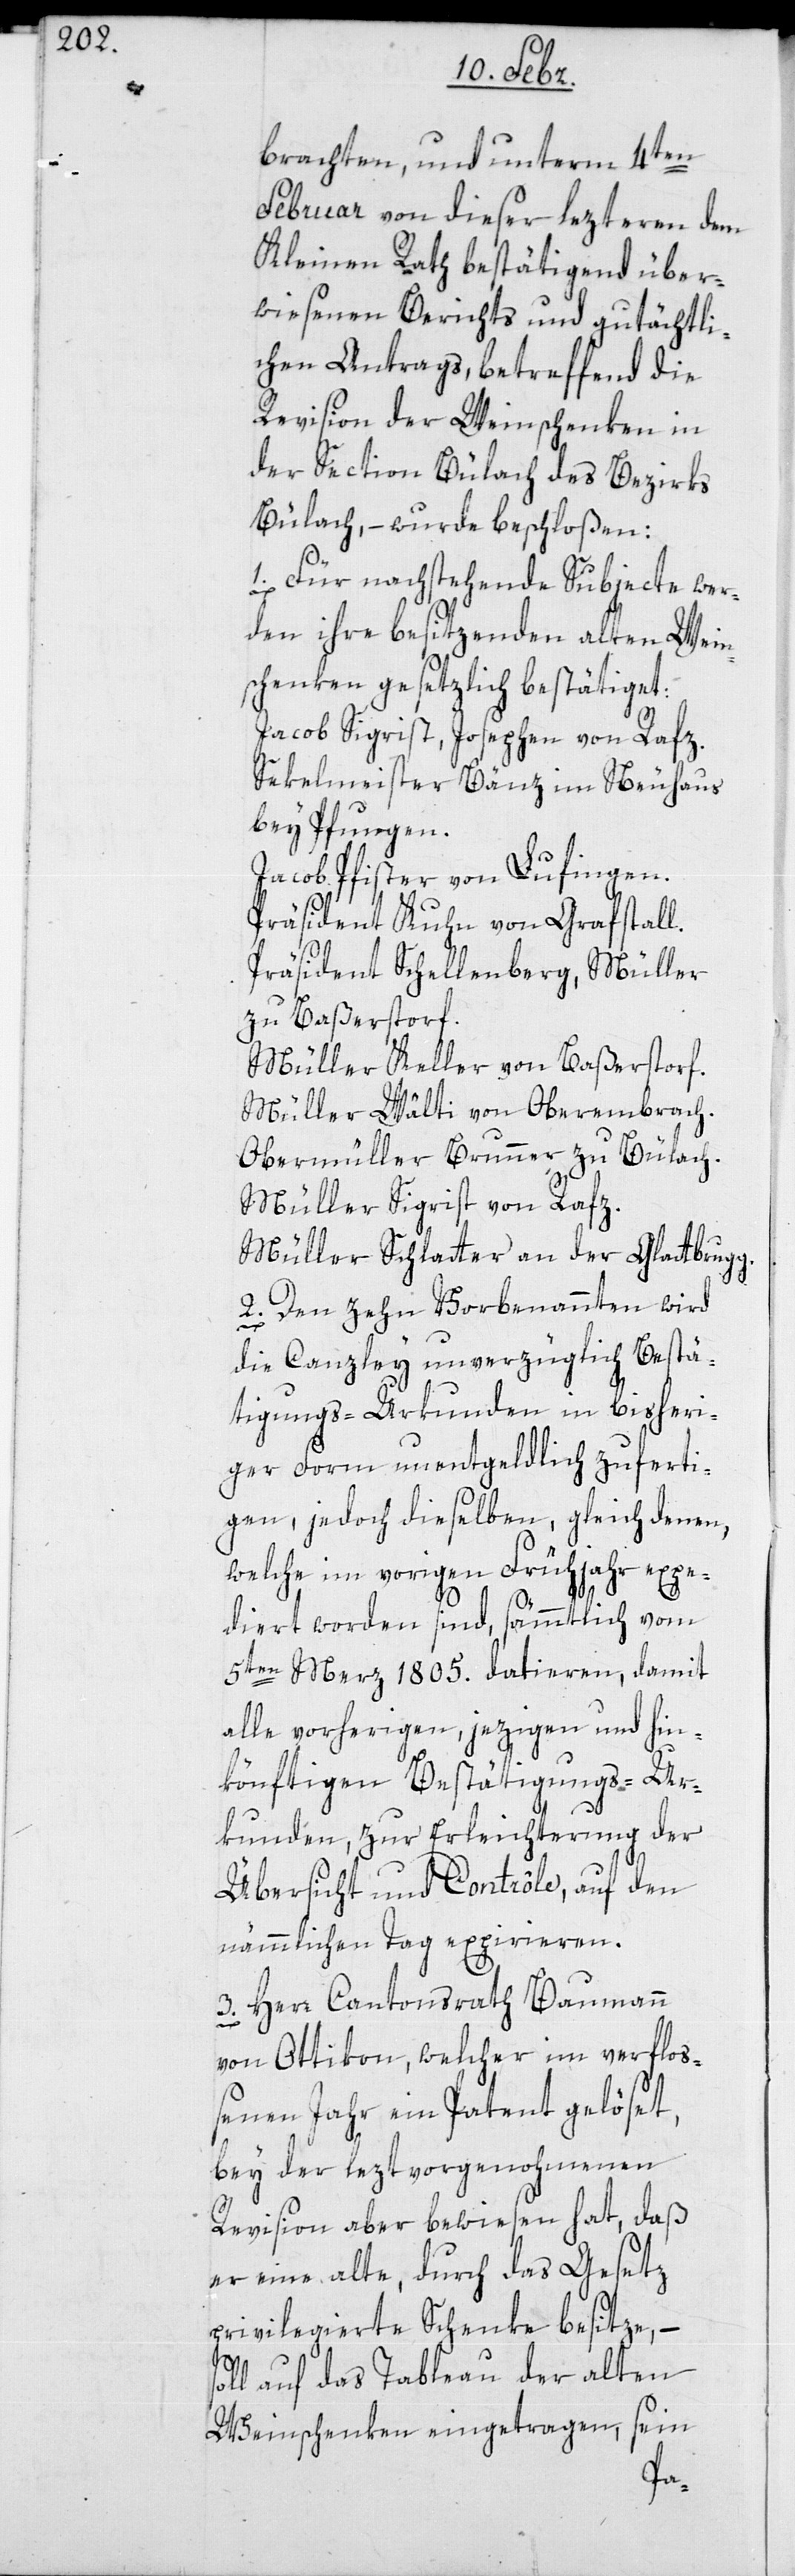
brachten, und unterm 4ten
Februar von dieser lezteren dem
Kleinen Rath bestätigend über¬
wiesenen Berichts und gutächtli¬
chen Antrags, betreffend die
Revision der Weinschenken in
der Section Bülach des Bezirks
Bülach, – wurde beschloßen:
1. Für nachstehende Subjecte wer¬
den ihre besitzenden alten Wein¬
schenken gesetzlich bestätiget:
Jacob Sigrist, Josephen von Rafz.
Sekelmeister Bänz, im Neuhaus
bey Pfungen.
Jacob Pfister von Lufingen.
Präsident Kuhn von Grafstall.
Präsident Schellenberg, Müller
zu Baßerstorf.
Müller Keller von Baßerstorf.
Müller Wälti von Oberembrach;
Obermüller Brunner zu Bülach;
Müller Sigrist von Rafz;
Müller Schlatter, an der Glattbrugg.
2. Den zehn Vorbenannten wird
die Canzley unverzüglich Bestä¬
tigungs-Urkunden in bisheri¬
ger Form unentgeldlich zuferti¬
gen, jedoch dieselben, gleich denen
welche im vorigen Frühjahr expe¬
diert worden sind, sämmtlich vom
5ten Merz 1805. datieren, damit
alle vorherigen, jezigen und hin¬
könftigen Bestätigungs-Ur¬
kunden, zur Erleichterung der
Übersicht und Contrôle, auf den
nämmlichen Tag expirieren.
3. Herr Cantonsrath Baumann
von Ottikon, welcher im verflo¬
ßenen Jahr ein Patent gelöset,
bey der lezt vorgenohmenen
Revision aber bewiesen hat, daß
er eine alte, durch das Gesetz
privilegierte Schenke besitze, –
auf das Tableau der alten
Weinschenken eingetragen, sein